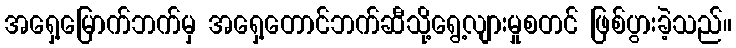
အရှေ့မြောက်ဘက်မှ အရှေ့တောင်ဘက်ဆီသို့ရွေ့လျားမှုစတင် ဖြစ်ပွားခဲ့သည်။